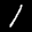
Label: 1